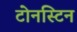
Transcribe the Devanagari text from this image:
टोनस्टिन